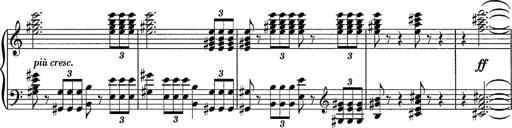
Title: R.W. - Venezia
Composer: Franz Liszt